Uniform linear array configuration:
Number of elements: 4
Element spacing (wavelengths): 1
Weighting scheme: uniform
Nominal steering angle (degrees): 0
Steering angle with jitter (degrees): -1.819
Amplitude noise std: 0.05
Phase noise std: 0.05

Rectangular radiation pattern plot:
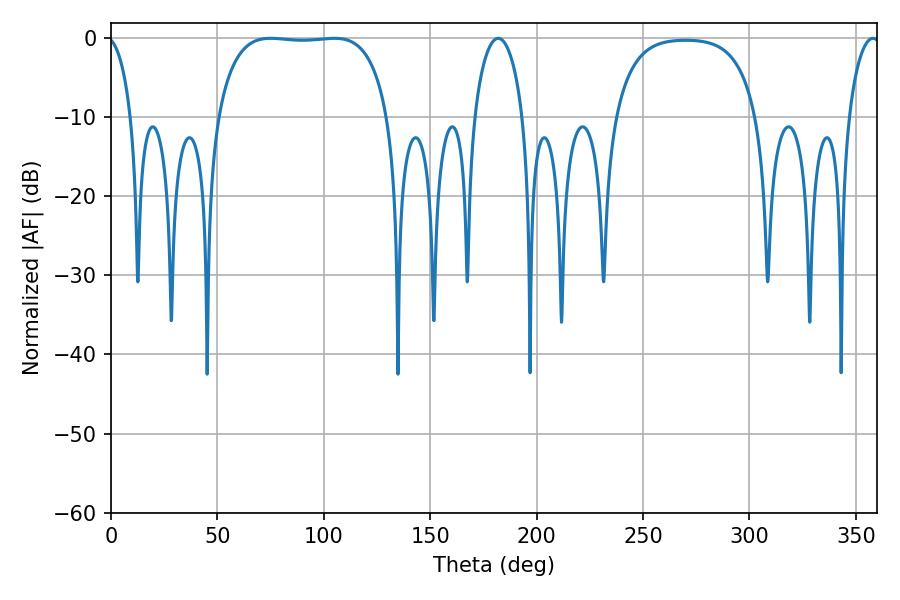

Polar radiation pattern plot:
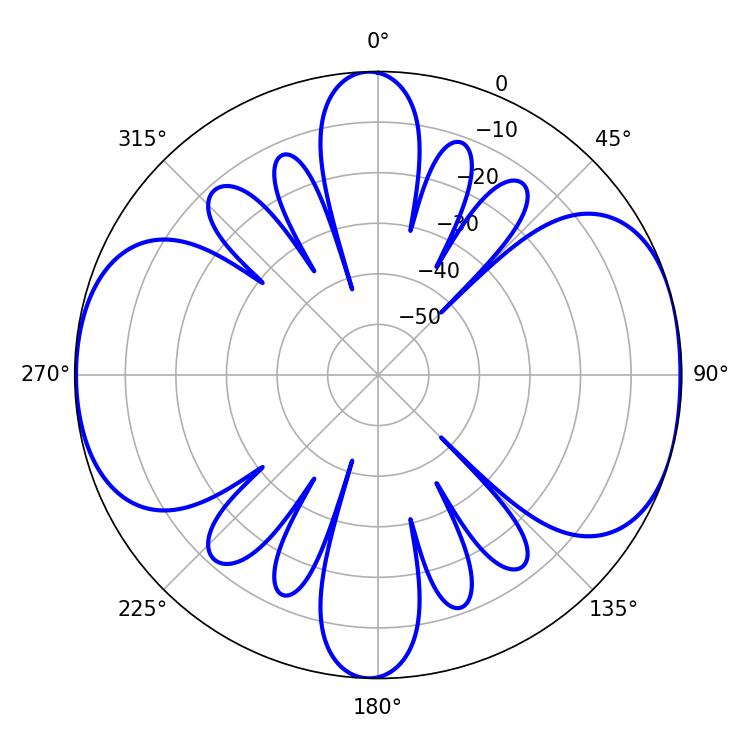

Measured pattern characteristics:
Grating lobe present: TRUE
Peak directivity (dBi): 8.775
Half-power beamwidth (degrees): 63.36
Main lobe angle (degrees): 75.06